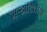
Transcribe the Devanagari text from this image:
मऱ्हाटिचीया